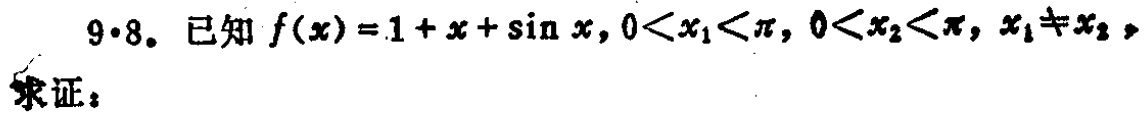
已知 \(f(x)=1 + x+\sin x,0<x_1<\pi,0<x_2<\pi,x_1\neq x_2\)，求证：